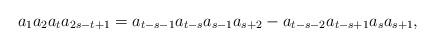
LaTeX: \begin{align*}a_1a_2a_{t}a_{2s-t+1}=a_{t-s-1}a_{t-s}a_{s-1}a_{s+2}-a_{t-s-2}a_{t-s+1}a_{s}a_{s+1},\end{align*}